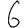
Digit: 6